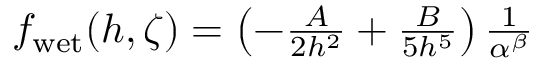
\begin{array} { r } { f _ { \mathrm { w e t } } ( h , \zeta ) = \left( - \frac { A } { 2 h ^ { 2 } } + \frac { B } { 5 h ^ { 5 } } \right) \frac { 1 } { \alpha ^ { \beta } } } \end{array}